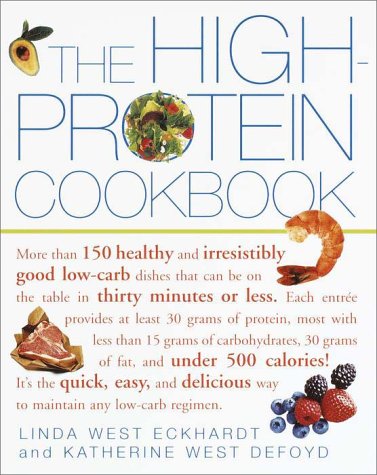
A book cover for The High-Protein Cookbook: More than 150 healthy and irresistibly good low-carb dishes that can be on the table in thirty minutes or less.; Linda West Eckhardt; Cookbooks, Food & Wine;